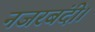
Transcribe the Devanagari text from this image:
नजरबंदी।